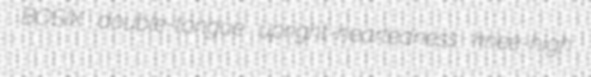
BOSIX double-tongue upright-heartedness knee-high